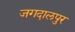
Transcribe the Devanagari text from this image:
जगदालपुर